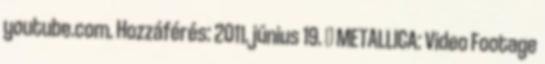
youtube.com. Hozzáférés: 2011. június 19. ↑ METALLICA: Video Footage